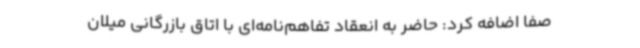
صفا اضافه کرد: حاضر به انعقاد تفاهم‌نامه‌ای با اتاق بازرگانی میلان